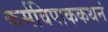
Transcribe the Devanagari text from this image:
कर्मविपाककथनं